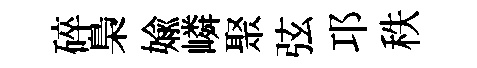
碎梟媮嶙聚弦邛秩